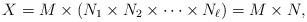
LaTeX: \begin{align*}X = M \times \left(N_1 \times N_2 \times \dots \times N_\ell\right) = M \times N,\end{align*}